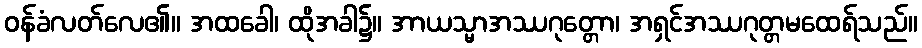
ဝန်ခံလတ်လေ၏။ အထခေါ၊ ထိုအခါ၌။ အာယသ္မာအဿဂုတ္တော၊ အရှင်အဿဂုတ္တမထေရ်သည်။